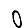
Digit: 0